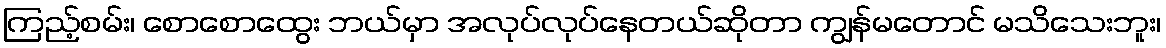
ကြည့်စမ်း၊ စောစောထွေး ဘယ်မှာ အလုပ်လုပ်နေတယ်ဆိုတာ ကျွန်မတောင် မသိသေးဘူး၊